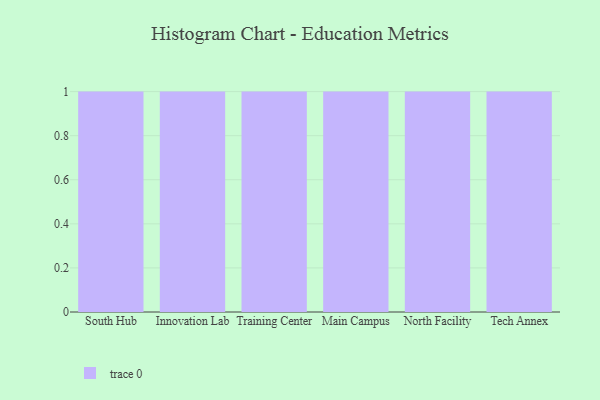
{"axis": {"x": "Campus", "y": "Tickets Resolved"}, "legend": [""], "data": [{"x": "South Hub", "y": 64, "type": ""}, {"x": "Innovation Lab", "y": 37, "type": ""}, {"x": "Training Center", "y": 47, "type": ""}, {"x": "Main Campus", "y": 29, "type": ""}, {"x": "North Facility", "y": 49, "type": ""}, {"x": "Tech Annex", "y": 31, "type": ""}]}